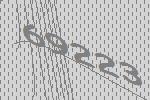
69223